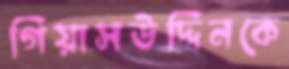
গিয়াসউদ্দিনকে